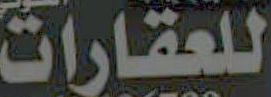
للعقارات